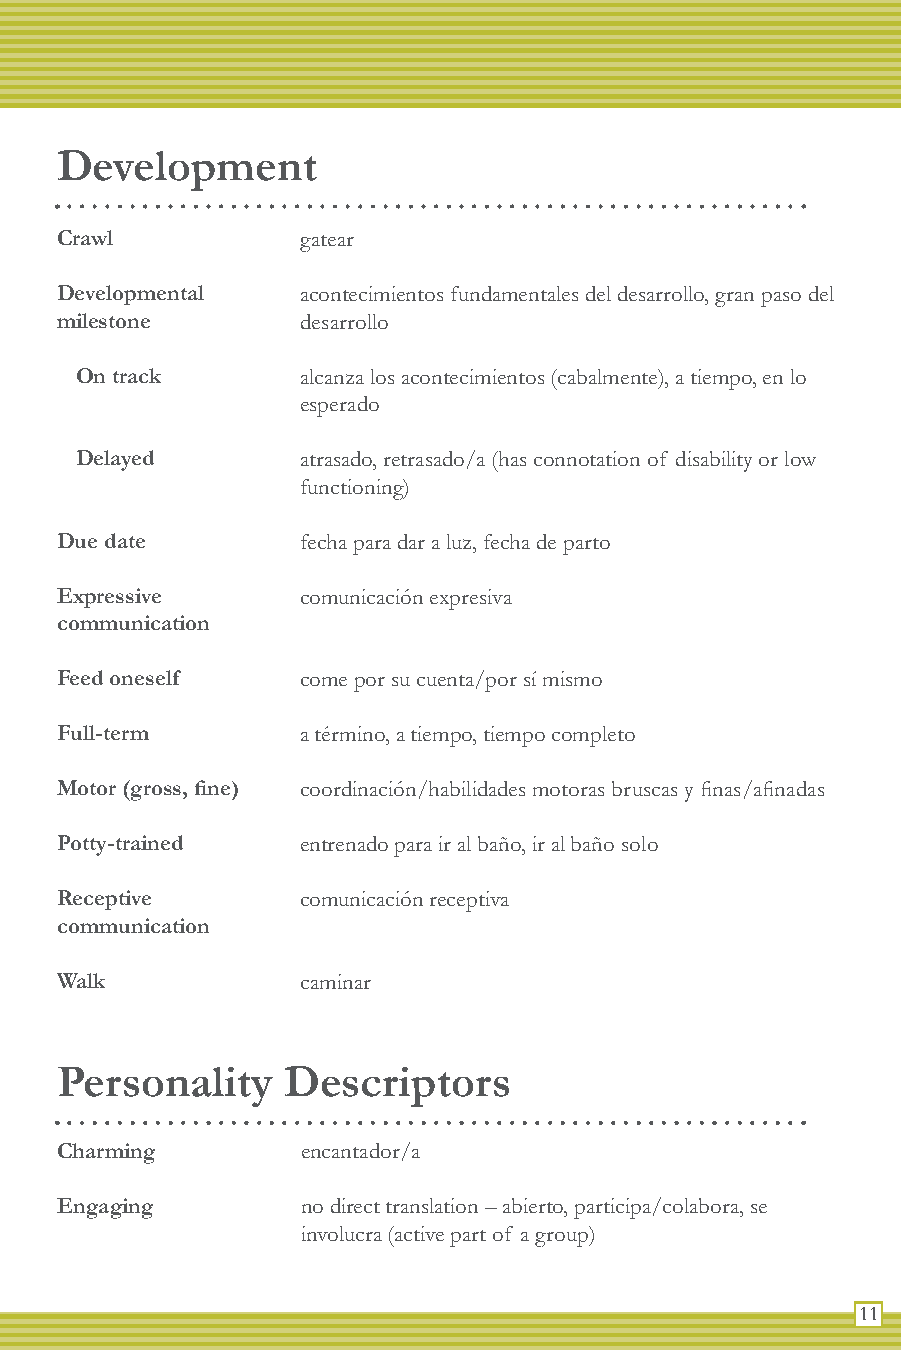
Development
 Crawl           gatear
 Developmental   acontecimientos fundamentales del desarrollo, gran paso del
 milestone       desarrollo
 On track       alcanza los acontecimientos (cabalmente), a tiempo, en lo
 esperado
 Delayed        atrasado, retrasado/a (has connotation of disability or low
 functioning)
 Due date        fecha para dar a luz, fecha de parto
 Expressive      comunicación expresiva
 communication
 Feed oneself    come por su cuenta/por sí mismo
 Full-term       a término, a tiempo, tiempo completo
 Motor (gross, fine) coordinación/habilidades motoras bruscas y finas/afinadas
 Potty-trained   entrenado para ir al baño, ir al baño solo
 Receptive       comunicación receptiva
 communication
 Walk            caminar
 Personality    Descriptors
 Charming        encantador/a
 Engaging        no direct translation – abierto, participa/colabora, se
 involucra (active part of a group)
 11